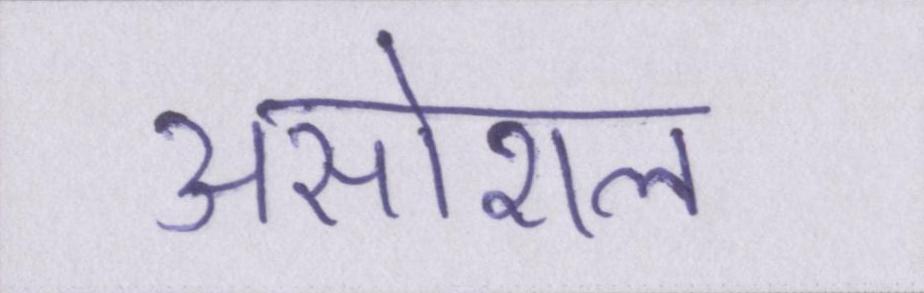
असोशल